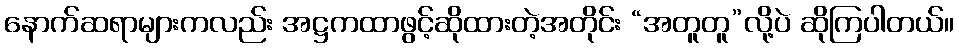
နောက်ဆရာများကလည်း အဋ္ဌကထာဖွင့်ဆိုထားတဲ့အတိုင်း “အတူတူ”လို့ပဲ ဆိုကြပါတယ်။